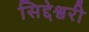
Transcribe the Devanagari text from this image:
सिद्देश्वरी